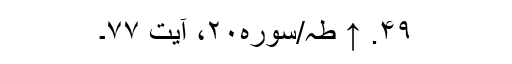
۴۹. ↑ طہ/سوره۲۰، آیت ۷۷۔